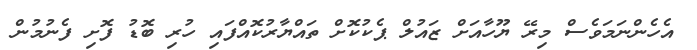
އެހެންނަމަވެސް މިރޭ ޔޫހާއަށް ޒައުލް ޕެކުކޮށް ތައްޔާރުކޮއްފައި ހުރި ބޮޑު ފޮށި ފެނުމުން